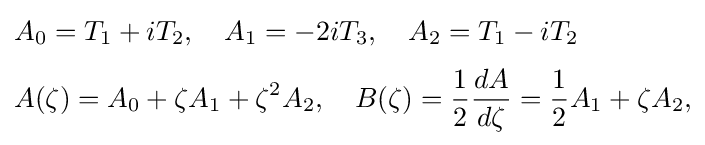
{\begin{aligned}&A_{0}=T_{1}+iT_{2},\quad A_{1}=-2iT_{3},\quad A_{2}=T_{1}-iT_{2}\\[3pt]&A(\zeta )=A_{0}+\zeta A_{1}+\zeta ^{2}A_{2},\quad B(\zeta )={\frac {1}{2}}{\frac {dA}{d\zeta }}={\frac {1}{2}}A_{1}+\zeta A_{2},\end{aligned}}